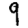
Digit: 9